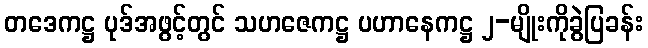
တဒေကဋ္ဌ ပုဒ်အဖွင့်တွင် သဟဇေကဋ္ဌ ပဟာနေကဋ္ဌ ၂-မျိုးကိုခွဲပြခန်း